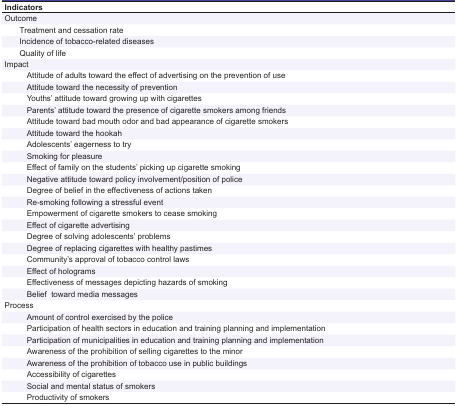
| Indicators |
 | --- |
 | Outcome |
 | Treatment and cessation rate |
 | Incidence of tobacco-related diseases |
 | Quality of life |
 | Impact |
 | Attitude of adults toward the effect of advertising on the prevention of use |
 | Attitude toward the necessity of prevention |
 | Youths’ attitude toward growing up with cigarettes |
 | Parents’ attitude toward the presence of cigarette smokers among friends |
 | Attitude toward bad mouth odor and bad appearance of cigarette smokers |
 | Attitude toward the hookah |
 | Adolescents’ eagerness to try |
 | Smoking for pleasure |
 | Effect of family on the students’ picking up cigarette smoking |
 | Negative attitude toward policy involvement/position of police |
 | Degree of belief in the effectiveness of actions taken |
 | Re-smoking following a stressful event |
 | Empowerment of cigarette smokers to cease smoking |
 | Effect of cigarette advertising |
 | Degree of solving adolescents’ problems |
 | Degree of replacing cigarettes with healthy pastimes |
 | Community’s approval of tobacco control laws |
 | Effect of holograms |
 | Effectiveness of messages depicting hazards of smoking |
 | Belieftoward media messages |
 | Process |
 | Amount of control exercised by the police |
 | Participation of health sectors in education and training planning and implementation |
 | Participation of municipalities in education and training planning and implementation |
 | Awareness of the prohibition of selling cigarettes to the minor |
 | Awareness of the prohibition of tobacco use in public buildings |
 | Accessibility of cigarettes |
 | Social and mental status of smokers |
 | Productivity of smokers |